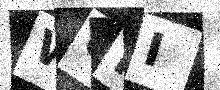
Text: WURI